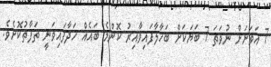
7 އަވަށަށް ނުވަތަ 7 ބަޔަކަށް ބަހާލާފައިވާއިރު ކޮންމެ ބައެއް ހަދާފައިވަނީ ތަފާތުކޮށެވެ.